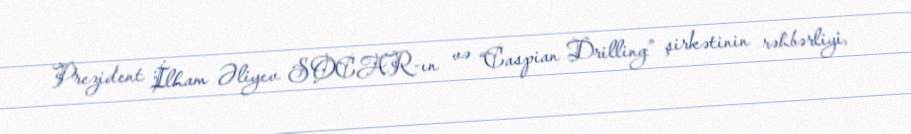
Prezident İlham Əliyev SOCAR-ın və “Caspian Drilling” şirkətinin rəhbərliyi,